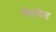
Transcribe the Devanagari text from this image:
मेहमेत